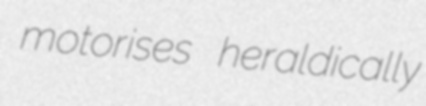
motorises heraldically